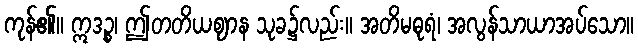
ကုန်၏။ ဣဒဉ္စ၊ ဤတတိယဈာန သုခ၌လည်း။ အတိမဓုရံ၊ အလွန်သာယာအပ်သော။